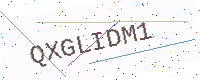
Text: QXGLIDM1